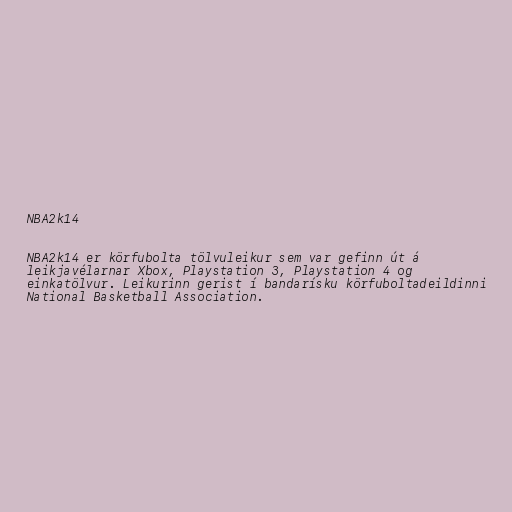
NBA2k14

NBA2k14 er körfubolta tölvuleikur sem var gefinn út á
leikjavélarnar Xbox, Playstation 3, Playstation 4 og
einkatölvur. Leikurinn gerist í bandarísku körfuboltadeildinni
National Basketball Association.